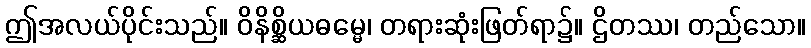
ဤအလယ်ပိုင်းသည်။ ဝိနိစ္ဆိယဓမ္မေ၊ တရားဆုံးဖြတ်ရာ၌။ ဌိတဿ၊ တည်သော။